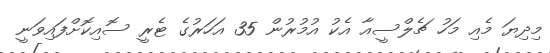
މިދިޔަ މެއި މަހު ޗެލްސީއާ އެކު އުމުރުން 35 އަހަރުގެ ޓެރީ ސޮއިކޮށްފައިވަނީ